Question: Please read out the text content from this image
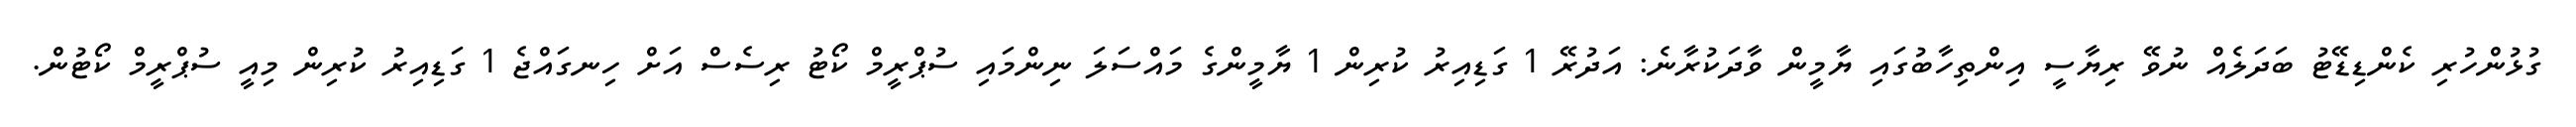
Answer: ގުޅުންހުރި ކެންޑިޑޭޓު ބަދަލެއް ނުވޭ ރިޔާސީ އިންތިހާބުގައި ޔާމީން ވާދަކުރާނެ: އަދުރޭ 1 ގަޑިއިރު ކުރިން 1 ޔާމީންގެ މައްސަލަ ނިންމައި ސުޕްރީމް ކޯޓު ރިސެސް އަށް ހިނގައްޖެ 1 ގަޑިއިރު ކުރިން މިއީ ސުޕްރީމް ކޯޓުން.